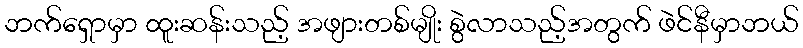
ဘက်ရှောမှာ ထူးဆန်းသည့် အဖျားတစ်မျိုး စွဲလာသည့်အတွက် ဖဲင်နီမှာဘယ်